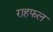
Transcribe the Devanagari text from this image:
राहफल